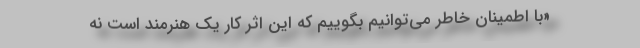
«با اطمینان خاطر می‌توانیم بگوییم که این اثر کار یک هنرمند است نه